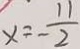
x = - \frac { 1 1 } { 2 }